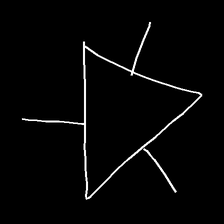
Glyph: fire